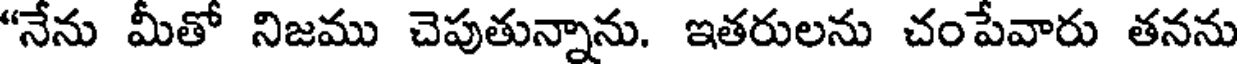
"నేను మీతో నిజము చెపుతున్నాను. ఇతరులను చంపేవారు తనను